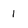
Character: 1